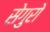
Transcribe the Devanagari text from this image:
सेगुरो